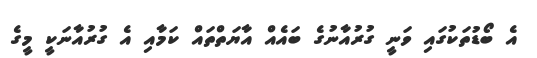
އެ ބޯޑުތަކުގައި ވަނީ ގުރުއާނުގެ ބައެއް އާޔަތްތައް ކަމާއި އެ ގުރުއާނަކީ މީގެ